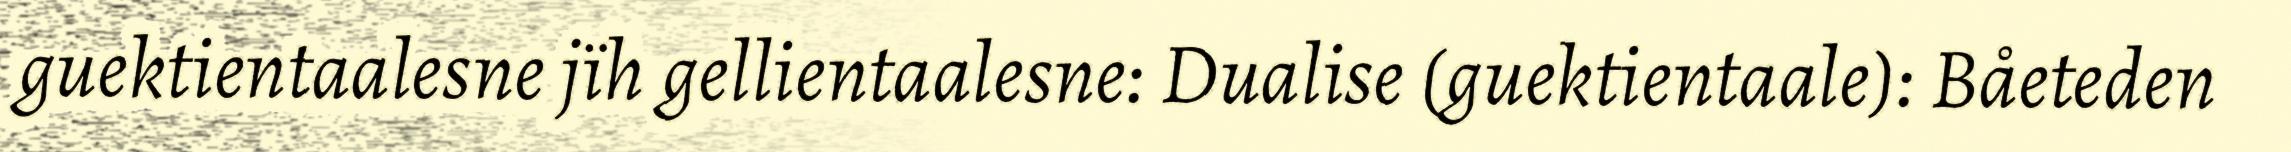
guektientaalesne jïh gellientaalesne: Dualise (guektientaale): Båeteden